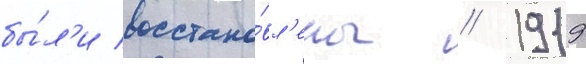
бы́л'и восстано́вл'ены // 1919